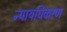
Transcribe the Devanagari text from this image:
न्‍यायधिकरण